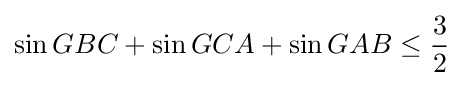
\sin GBC+\sin GCA+\sin GAB\leq {\frac {3}{2}}